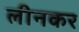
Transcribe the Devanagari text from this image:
लीनकर